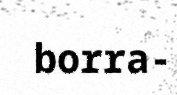
borra-